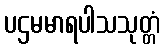
ပဌမမာရပါသသုတ္တံ